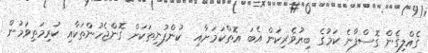
ގެއްލިގެން ގޮސްފާނެ ކަމުގެ ބިރުވެރިކަން އެބަ އޮތްކަމަށާއި  ކުންފުނިތަކަށް ގޮންޖެހުންތަކާއި ކުރިމަތިވަމުން